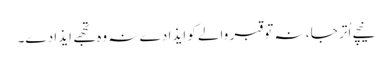
نیچے اُتر جا ، نہ تو قبر والے کو اِیذا دے نہ وہ تجھے اِیذا دے۔